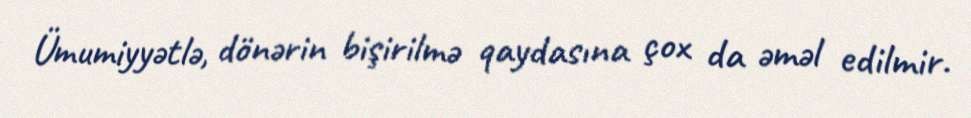
Ümumiyyətlə, dönərin bişirilmə qaydasına çox da əməl edilmir.